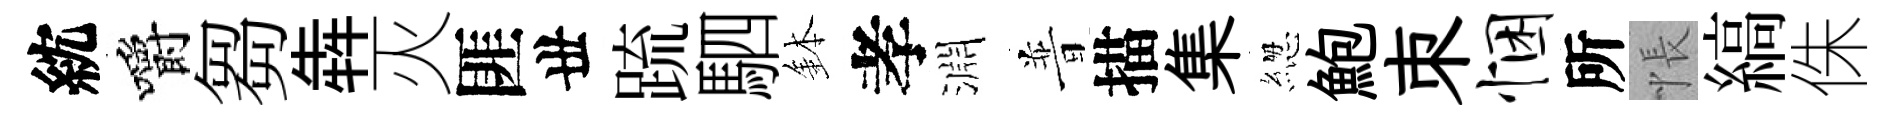
紞嚼芻犇灭匪丗䟽駟鉢孝淵普描集緫鮑朿悃所悵縞侏